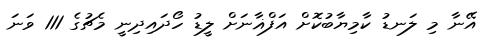
އޭނާ މި ލަނޑު ކާމިޔާބުކޮށް އަފްޣާނަށް ލީޑު ހޯދައިދިނީ މެޗުގެ 111 ވަނަ